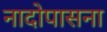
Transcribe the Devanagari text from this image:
नादोपासना